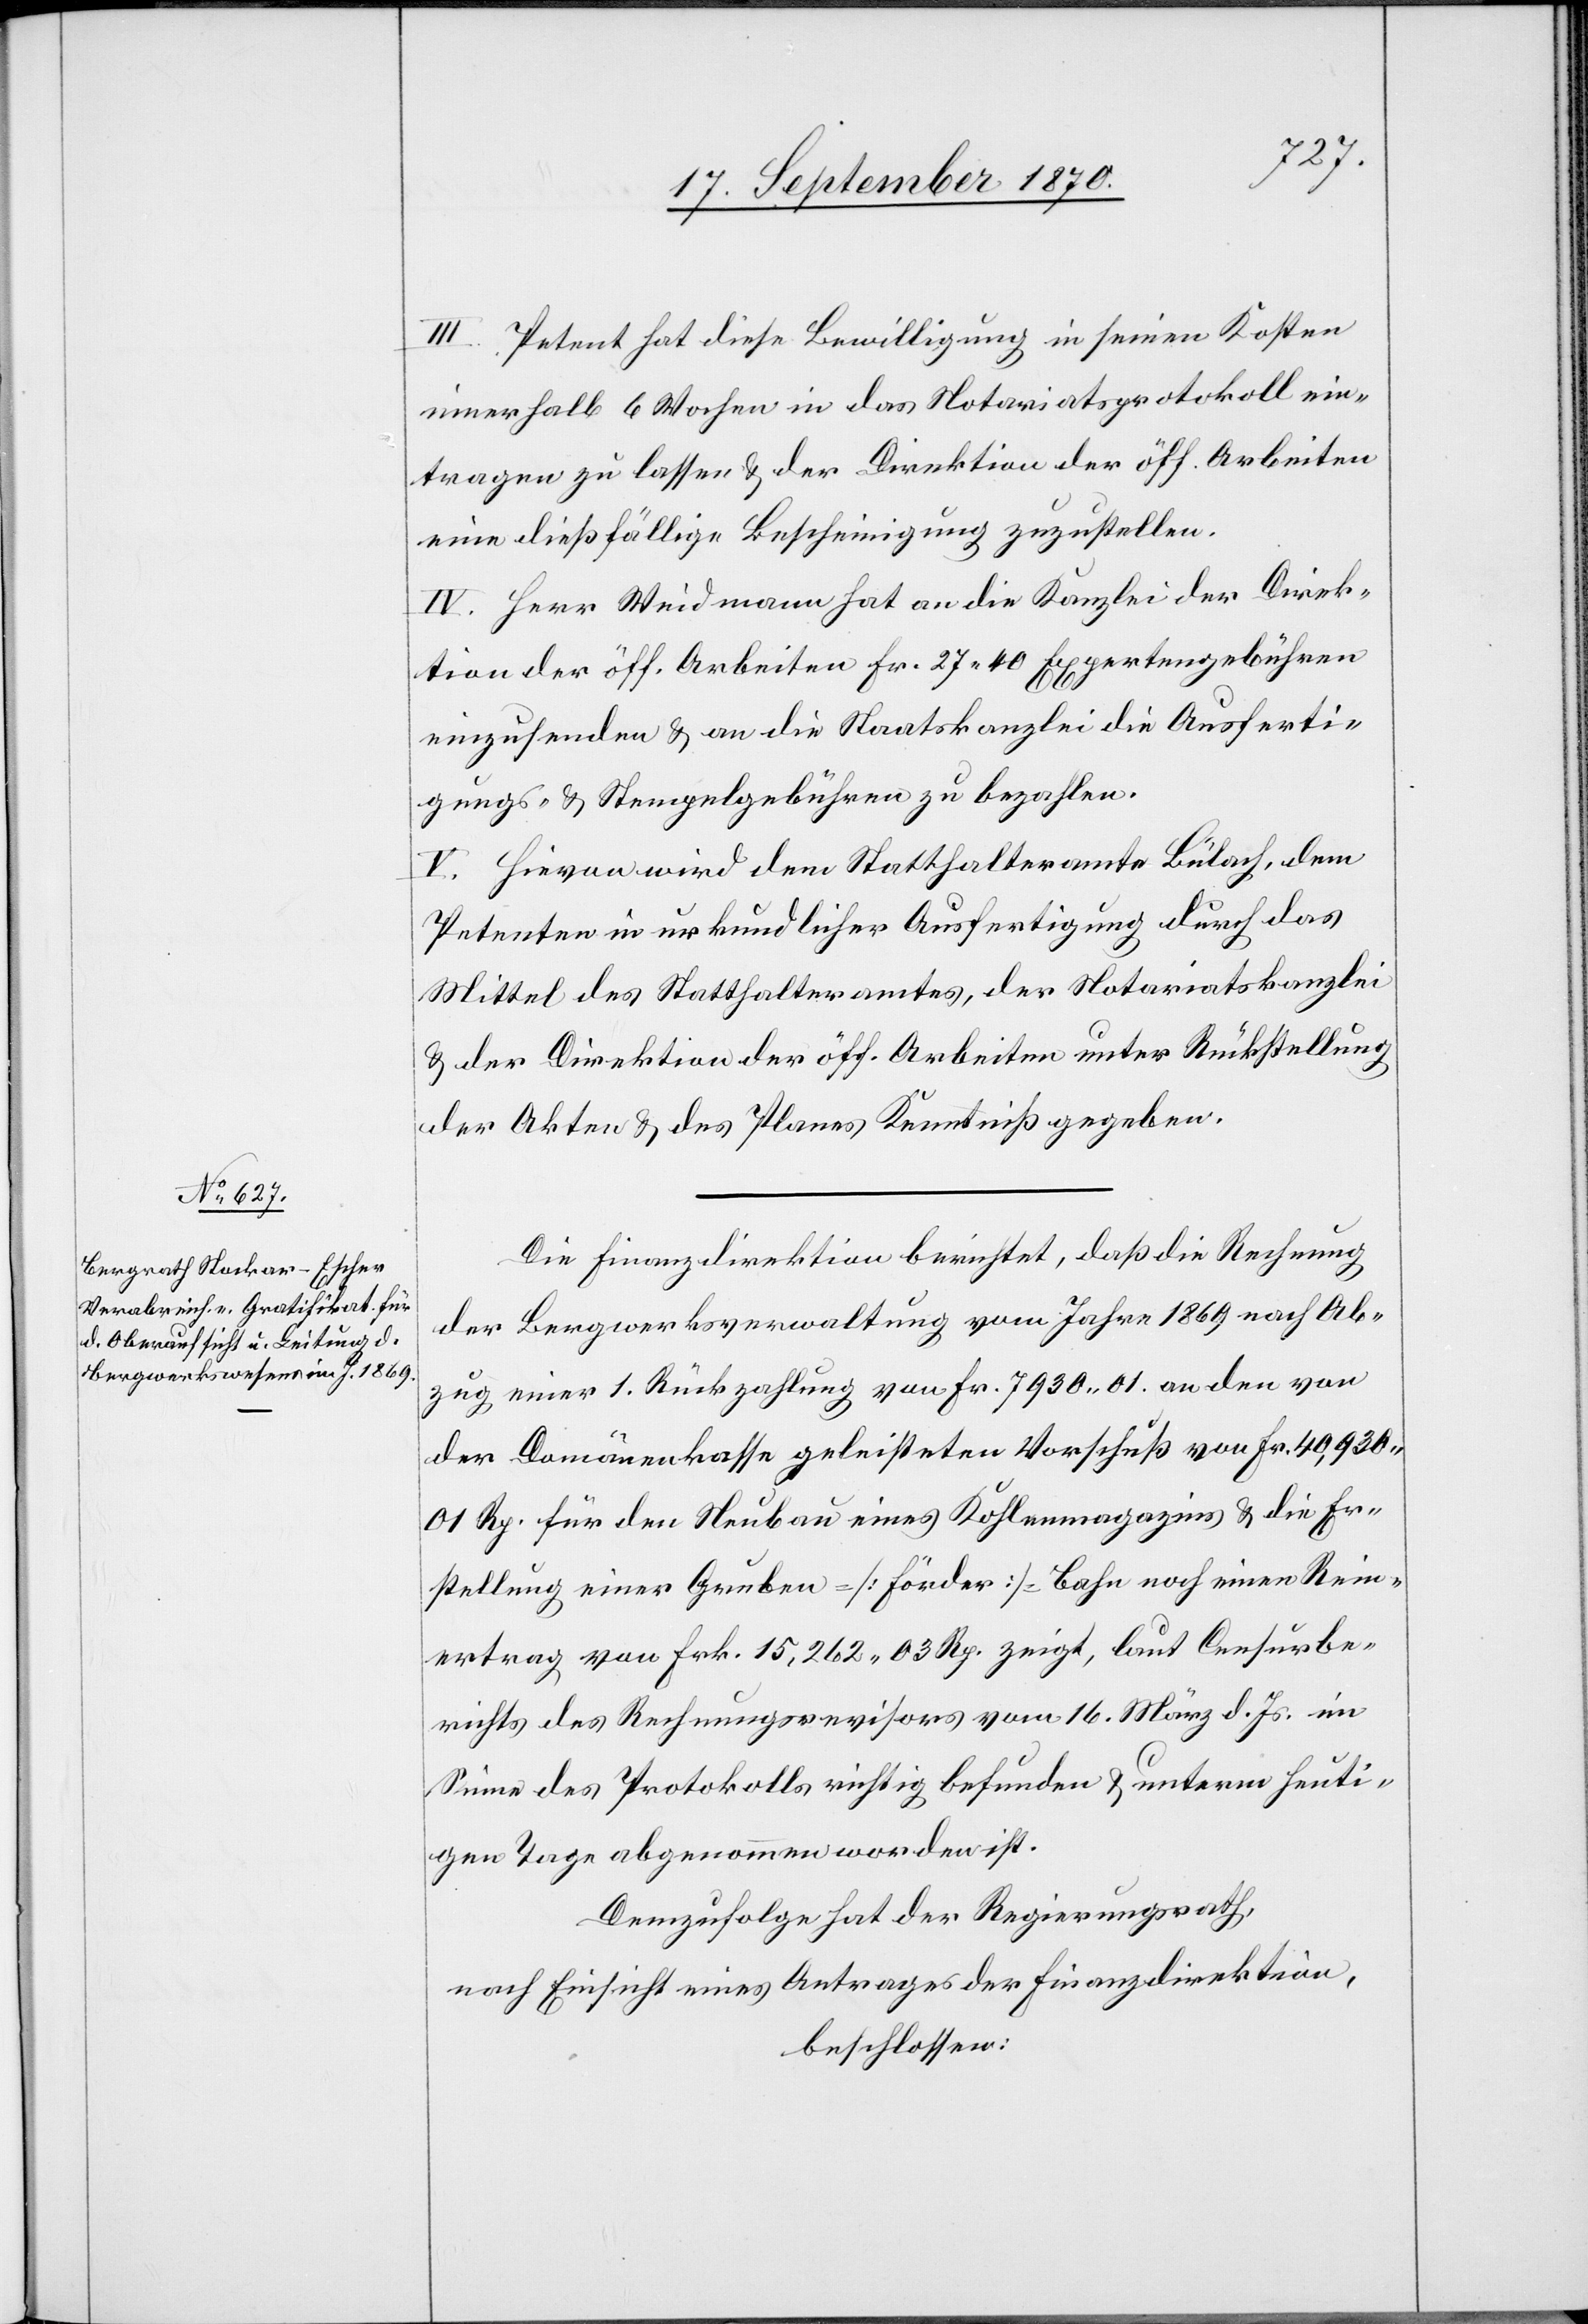
III. Petent hat diese Bewilligung in seinen Kosten
innerhalb 6 Wochen in das Notariatsprotokoll ein¬
tragen zu lassen & der Direktion der öff. Arbeiten
eine dießfällige Bescheinigung zuzustellen.
IV. Herr Weidmann hat an die Kanzlei der Direk¬
tion der öff. Arbeiten Fr. 27,40 Expertengebühren
einzusenden & an die Staatskanzlei die Ausferti¬
gungs- & Stempelgebühren zu bezahlen.
V. Hievon wird dem Statthalteramte Bülach, dem
Petenten in urkundlicher Ausfertigung durch das
Mittel des Statthalteramtes, der Notariatskanzlei
& der Direktion der öff. Arbeiten unter Rückstellung
der Akten & des Planes Kenntniß gegeben.
Die Finanzdirektion berichtet, daß die Rechnung
der Bergwerksverwaltung vom Jahre 1869 nach Ab¬
zug einer 1. Rückzahlung von Fr. 7930.01 an den von
der Domänenkasse geleisteten Vorschuß von Fr. 40,930.01
Rp. für den Neubau eines Kohlemagazins & die Er¬
stellung einer Gruben–[Förder]-Bahn noch einen Rein¬
ertrag von Frk. 15,262.03 Rp. zeigt, laut Censurbe¬
richts des Rechnungsrevisors vom 16. März d. Js. im
Sinne des Protokolls richtig befunden & unterm heuti¬
gen Tage abgenommen worden ist.
Demzufolge hat der Regierungsrath,
nach Einsicht eines Antrages der Finanzdirektion,
beschlossen: